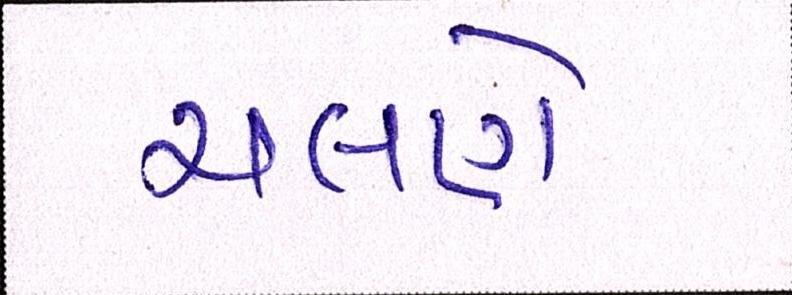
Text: ચલણે